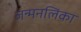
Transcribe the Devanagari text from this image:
जन्मनलिका